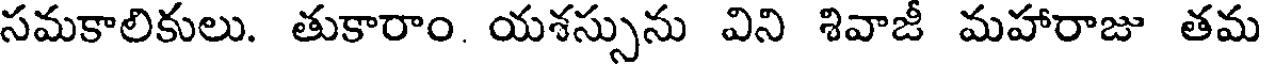
సమకాలికులు. తుకారాం. యశస్సును విని శివాజీ మహారాజు తమ